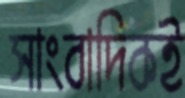
সাংবাদিকই